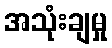
အသုံးချမှု